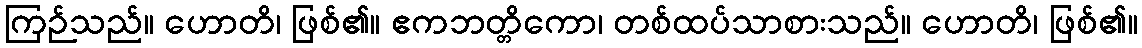
ကြဉ်သည်။ ဟောတိ၊ ဖြစ်၏။ ဧကဘတ္တိကော၊ တစ်ထပ်သာစားသည်။ ဟောတိ၊ ဖြစ်၏။